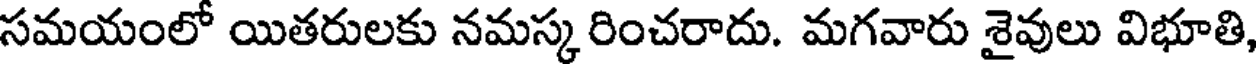
సమయంలో యితరులకు నమస్కరించరాదు. మగవారు శైవులు విభూతి,